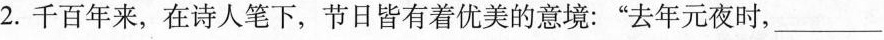
2.千百年来，在诗人笔下，节日皆有着优美的意境：”去年元夜时，___